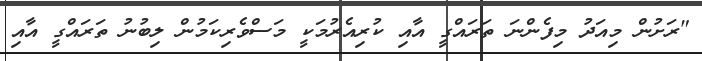
"ރަށުން މިއަދު މިފެންނަ ތަރައްގީ އާއި ކުރިއެރުމަކީ މަސްވެރިކަމުން ލިބުނު ތަރައްގީ އާއި